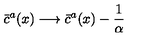
\bar { c } ^ { a } ( x ) \longrightarrow \bar { c } ^ { a } ( x ) - \frac { 1 } { \alpha }